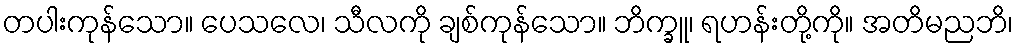
တပါးကုန်သော။ ပေသလေ၊ သီလကို ချစ်ကုန်သော။ ဘိက္ခူ၊ ရဟန်းတို့ကို။ အတိမညဘိ၊